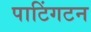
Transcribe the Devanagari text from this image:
पाटिंगटन